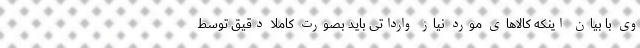
وی با بیان اینکه کالاهای مورد نیاز وارداتی باید بصورت کاملا دقیق توسط